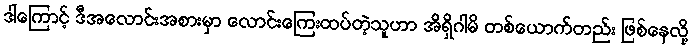
ဒါကြောင့် ဒီအလောင်းအစားမှာ လောင်းကြေးထပ်တဲ့သူဟာ အိရှိဂါမိ တစ်ယောက်တည်း ဖြစ်နေလို့